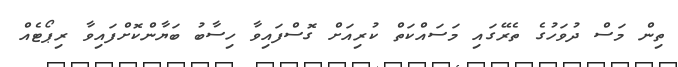
ތިން މަސް ދުވަހުގެ ތެރޭގައި މަސައްކަތް ކުރިއަށް ގޮސްފައިވާ ހިސާބު ބަޔާންކޮށްފައިވާ ރިޕޯޓެއް